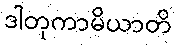
ဒါတုကာမိယာတိ